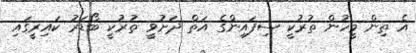
އެ ތިން މީހުން ތުރުކީ ސިފައިންގެ އަތް ދަށުވީ ތުރުކީ ބޯޑަރު ކައިރީގައި